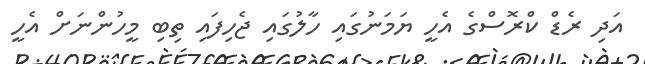
އަދި ރެޑް ކްރޮސްގެ އެހީ ޔަމަނުގައި ހާލުގައި ޖެހިފައި ތިބި މީހުންނަށް އެހީ